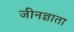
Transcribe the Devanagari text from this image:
जीनज्ञाता